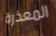
المعذرة